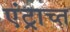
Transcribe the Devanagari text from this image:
एंट्राच्त